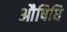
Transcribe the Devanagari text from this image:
औषिधि